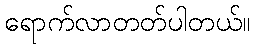
ရောက်လာတတ်ပါတယ်။